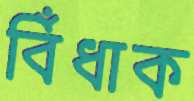
বিঁধাক